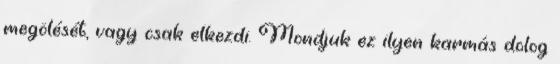
megölését, vagy csak elkezdi. Mondjuk ez ilyen karmás dolog